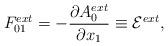
LaTeX: \begin{align*}F_{01}^{ext} = - \frac{{\partial}A_0^{ext}}{{\partial}x_1}\equiv {\cal E}^{ext},\end{align*}